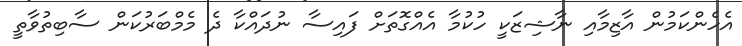
އެހެންކަމުން އާޒިމާއި ނާޝިޒަކީ ހުކުމާ އެއްގޮތަށް ފައިސާ ނުދައްކާ ދެ މެމްބަރުކަން ސާބިތުވާތީ